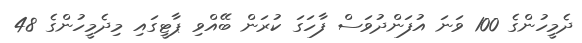
ދެމީހުންގެ 100 ވަނަ އުފަންދުވަސް ފާހަގަ ކުރަން ބޭއްވި ޕާޓީގައި މިދެމީހުންގެ 48